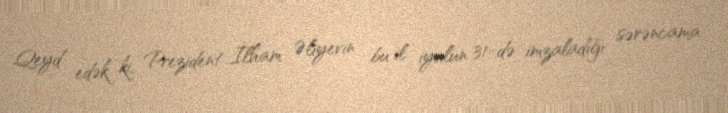
Qeyd edək ki, Prezident İlham Əliyevin bu il iyulun 31-də imzaladığı sərəncama